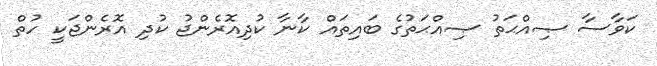
ކަވާސާ ޞިއްޙަތު ޞިއްޙަތުގެ ބައިތައް ކާނާ ކުދިއޮރެންޖު ކުދި އޮރެންޖަކީ ހުތް